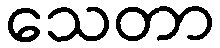
သေတာ